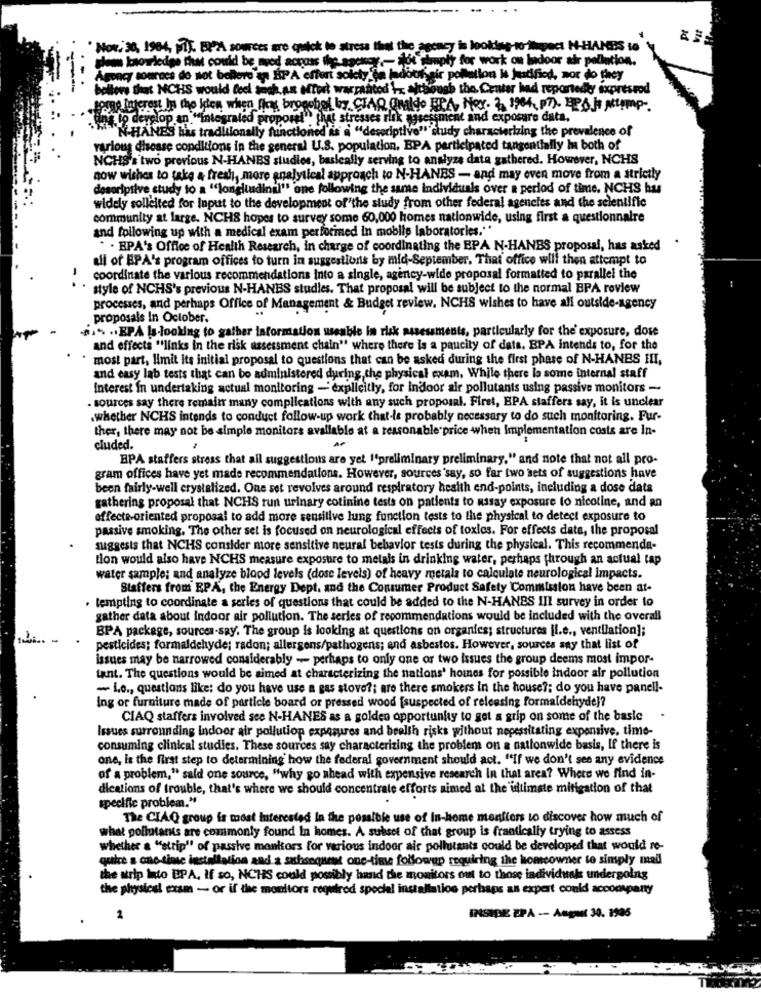
. Nov. 30, 1964, MIT. EXPA sources are quick to stress that the agency is looking-10 iipect N-HANDS to
glem taorledge that could be myod across the agency- ot simply for work on ladoor air pollution.
Agency sourecs do not bollore an EP A effort solety @a ladoofair pollution is justified, nor do they
bollove that NCHS would feel auch.an effort warrantod . although the Center had reportedty expresrod
some Interest In the iden when fiog brocobol by CIAR Gualdo EPA, Nor. 2, 1964, p7). EPA js pump -.
ing. to develop an. "integraled proposel", that stresses ilik assessment and exposure data.
US has traditionally functioned is a "descriptive" study characterizing the prevalence of
various disease conditions in the general U.S. population. EPA participated tangentially In both of
NCHS':'two previous N-HANBS studies, basically serving to analyze data gathered. However, NCHS
now wishes to take & fresh, more analytical approach to N-HANES - and may even move from a strictly
descriptive study to a "longitudinal" one following the same individuals over a period of time. NCHS hus
widely solicited for Input to the development of"the study from other federal agencies and the scientific
community at large. NCHS hopes to survey some 60,000 homes nationwide, using first a questionnaire
and following up with a medical exam perforined in moblip laboratories."
. . EPA's Office of Health Research, in charge of coordinating the EPA N.HANBS proposal, has asked
all of EPA's program offices to turn in suggestions by mid-September. That office will then attempt to
coordinate the various recommendations into a single, agency-wide proposal formatted to parallel the
style of NCHS's previous N-HANBS studies. That proposal will be subject to the normal BPA review
processes, and perhaps Office of Management & Budget review. NCHS wishes to have all outside-agency
proposals In October.
... .. EPA la-looking to gather information useable in risk assessments, particularly for the' exposure, dose
and effects ""links in the risk assessment chain" where there is a paucity of data. BPA intends to, for the
most part, limit its initial proposal to questions that can be asked during the first phase of N-HANES HI,
and easy lab tests that can be administered during the physical exam. While there is some internal staff
Interest in undertaking actual monitoring -explicitly, for indoor air pollutants using passive monitors -
. sources say there remain many complications with any such proposal. First, EPA staffers say, it is unclear
.whether NCHS intends to conduct follow-up work that-le probably necessary to do such monitoring. Fur-
ther, there may not be simple monitors available at a reasonable price when Implementation costs are In-
cluded.
BPA staffers stress that all suggestions are yet I'preliminary preliminary." and note that not all pro-
gram offices have yet made recommendations. However, sources say, so far two sets of suggestions have
been fairly-well crystalized. One set revolves around respiratory heaith end-points, including a dose data
gathering proposal that NCHS run urinary cotinine tests on patients to nisay exposure to nicotine, and an
affecte-oriented proposal to add more sensitive lung function tests to the physical to detect exposure to
passive smoking. The other set is focused on neurological effects of toxles. For effects data, the proposal
suggests that NCHS consider more sensitive neural behavior tests during the physical. This recommenda-
tion would also have NCHS measure exposure to metals in drinking water, perhaps through an actual tap
water sample; and analyze blood levels (dose levels) of heavy metala to calculate neurological impacts.
Staffers from EPA, the Energy Dept. and the Consumer Product Safety Commission have been at-
· tempting to coordinate a series of questions that could be added to the N-HANES III survey in order to
gather data about indoor air pollution. The series of recommendations would be included with the overall
BPA package, sources-say. The group is looking at questions on organics; structures [l.e ., ventilation];
pesticides; formaldehyde; radon; allergens/pathogens; and asbestos. However, sources say that list of
issues may be narrowed considerably -- perhaps to only one or two issues the group deems most impor-
tant. The questions would be aimed at characterizing the nations' homes for possible indoor air pollution
- L.o ., questions like: do you have use a gas stove ?; are there smokers in the house ?; do you have panell-
ing or furniture made of particle board or pressed wood [suspected of releasing formaldehyde]?
CIAQ staffers involved see N-HANES as a golden opportunity to get a grip on some of the basic
Issues surrounding indoor air pollution exposures and beelth risks without nepessitating expansive. time-
consuming clinical studies. These sources say characterizing the problem on a nationwide basis, If there is
one, is the first step to determining how the federal government should act. "If we don't see any evidence
of a problem," said one source, "why go ahead with expensive research in that area? Where we find in-
dications of trouble, that's where we should concentrate efforts aimed at the iduimate mitigation of that
specific problem."
The CIAQ group is most Interested in the possible use of in-home monitors to discover how much of
what pollutants are commonly found In homes. A subset of that group is frantically trying to assess
whether a "strip" of passive monitors for various indoor air pollutants could be developed that would re-
quice a one-time installation and a subsequent one-time followup requiring the homeowner to simply mall
the arip Into EPA. If so, NCHS could possibly hand the monitors out to those individual undergoing
the physics! eram - or if the monitors required special installation perhaps an expert conld accompany
2
INSIDE EPÅ -- August 30. 1905